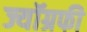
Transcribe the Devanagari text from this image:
ज्यॉग्रफी